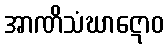
အာဏိသံဃာဋောဝ